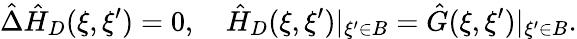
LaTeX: \hat{\Delta}{\hat{H}_{D}}(\xi,\xi^{\prime})=0,\quad{\hat{H}_{D}}(\xi,\xi^{\prime}){|_{\xi^{\prime}\in B}}=\hat{G}(\xi,\xi^{\prime}){|_{\xi^{\prime}\in B}}.